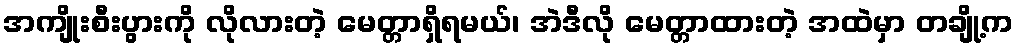
အကျိုးစီးပွားကို လိုလားတဲ့ မေတ္တာရှိရမယ်၊ အဲဒီလို မေတ္တာထားတဲ့ အထဲမှာ တချို့က